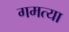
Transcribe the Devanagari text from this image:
गमत्या